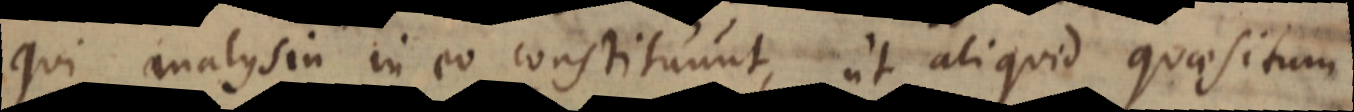
qui analysin in eo constituunt, ut aliquid quaesitum